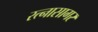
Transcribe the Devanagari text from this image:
रत्नासागर